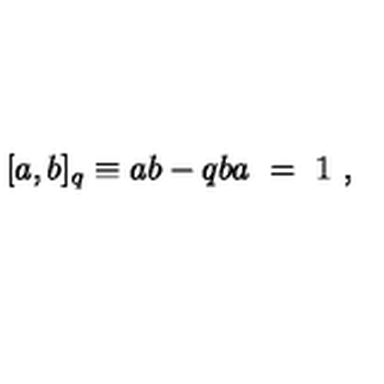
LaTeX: [ a , b ] _ { q } \equiv a b - q b a \ = \ 1 \ ,